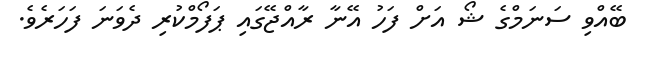
ބޭއްވި ސަނަމްގެ ޝޯ އަށް ފަހު އޭނާ ރާއްޖޭގައި ޕަފޯމްކުރި ދެވަނަ ފަހަރެވެ.